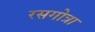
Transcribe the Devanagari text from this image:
रसगोत्रा